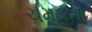
ચમકતો